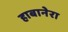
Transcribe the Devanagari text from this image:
हाबानेरा